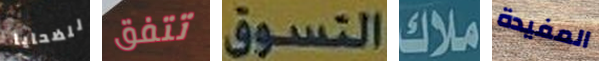
للضحايا تتفق التسوق ملاك المفيدة